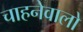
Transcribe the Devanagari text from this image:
चाहनेवालो